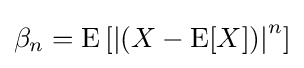
\beta _{n}=\operatorname {E} \left[{\left|\left(X-\operatorname {E} [X]\right)\right|}^{n}\right]